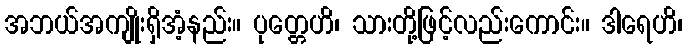
အဘယ်အကျိုးရှိအံ့နည်း။ ပုတ္တေဟိ၊ သားတို့ဖြင့်လည်းကောင်း။ ဒါရေဟိ၊